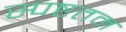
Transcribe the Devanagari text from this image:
स्पष्टतम